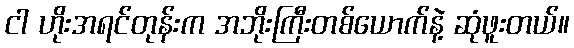
ငါ ဟိုးအရင်တုန်းက အဘိုးကြီးတစ်ယောက်နဲ့ ဆုံဖူးတယ်။